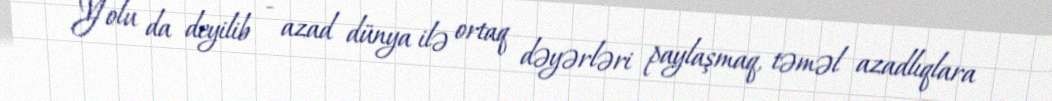
Yolu da deyilib - azad dünya ilə ortaq dəyərləri paylaşmaq, təməl azadlıqlara